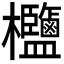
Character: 𣡶